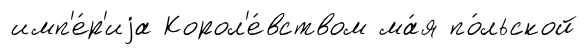
имп'е́р'иjа Корол'е́вством ма́я по́льской